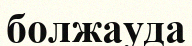
болжауда